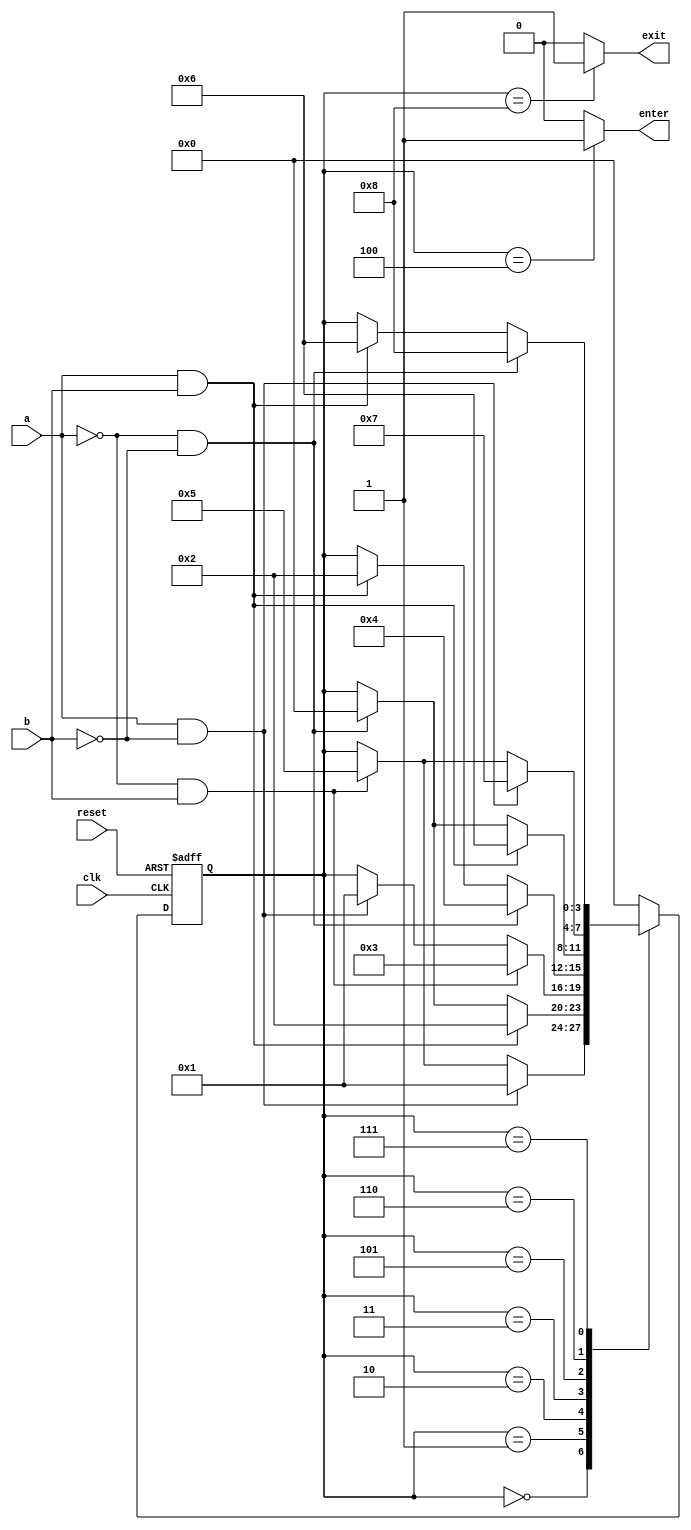
// Parking lot occupancy sensor

module car_park_sensor
    (
     input  wire clk, reset,
     input  wire a, b,  // 1 if led blocked
     output reg  enter, exit
    );

    // symbolic state declaration
    localparam[3:0]
            waiting   = 4'b0000,
            entering1 = 4'b0001,
            entering2 = 4'b0010,
            entering3 = 4'b0011,
            entered   = 4'b0100,
            exiting1  = 4'b0101,
            exiting2  = 4'b0110,
            exiting3  = 4'b0111,
            exited    = 4'b1000;

    // signal declaration
    reg[3:0] state_reg = 0, state_next = 0;


    // body

    //============================
    // Sensor FSM
    //============================
    //state register
    always @(posedge clk, posedge reset)
        if (reset)
            state_reg <= waiting;
        else
            state_reg <= state_next;

    // next-state and output logic
    always @*
    begin
        state_next = state_reg; // default state: the same
        enter = 1'b0;           // default outputs: 0
        exit  = 1'b0;
        case (state_reg)
            waiting:   // ~a & ~b
                if (a & ~b)       state_next = entering1;
                else if (~a & b)  state_next = exiting1;
            entering1: // a & ~b
                if (a & b)        state_next = entering2;
                else if (~a & ~b) state_next = waiting;   // pedestrian or gave up
            entering2: // a & b
                if (~a & b)       state_next = entering3;
                else if (a & ~b)  state_next = entering1; // backing off towards the outside
            entering3: // ~a & b
                if (~a & ~b)       state_next = entered;
                else if (a & b)   state_next = entering2; // backing off towards the outside
            entered:
                begin
                    enter = 1'b1;
                    state_next = waiting;
                end
            exiting1: // ~a & b
                if (a & b)        state_next = exiting2;
                else if (~a & ~b) state_next = waiting;  // pedestrian or gave up
            exiting2: // a & b
                if (a & ~b)       state_next = exiting3;
                else if (~a & b)  state_next = exiting1; // backing off towards the inside
            exiting3: // a & ~b
                if (~a & ~b)      state_next = exited;
                else if (a & b)   state_next = exiting2; // backing off towars the inside
            exited:
                begin
                    exit = 1'b1;
                    state_next = waiting;
                end
            default:
                state_next = waiting;
        endcase
    end
endmodule